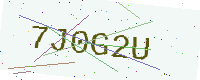
Text: 7J0G2U